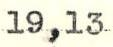
19,13